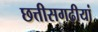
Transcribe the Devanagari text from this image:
छत्तीसगढ़ीयां